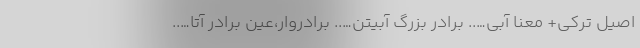
اصیل ترکی+ معنا آبی….. برادر بزرگ آبیتن….. برادروار،عین برادر آتا…..